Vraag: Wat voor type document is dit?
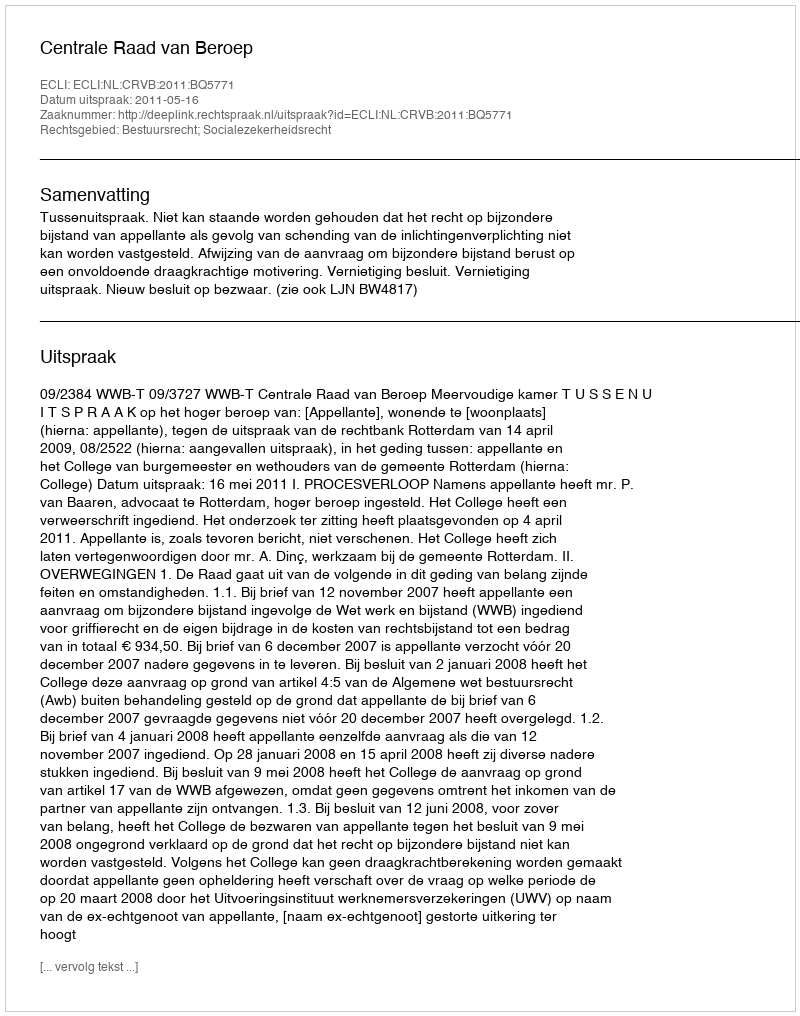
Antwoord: Uitspraak